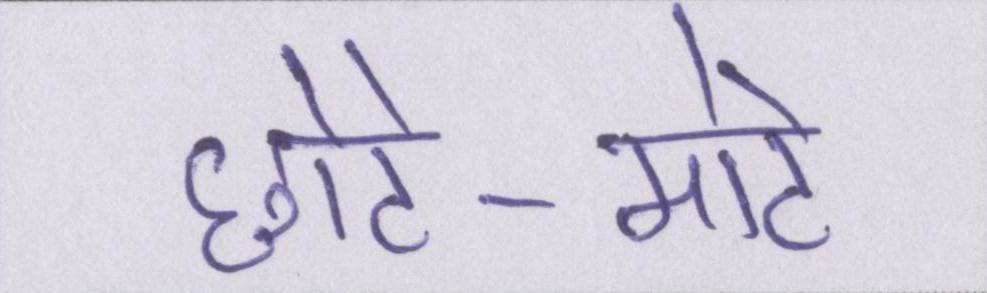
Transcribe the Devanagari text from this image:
छोटे-मोटे